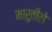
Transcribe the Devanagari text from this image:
मारुतीले